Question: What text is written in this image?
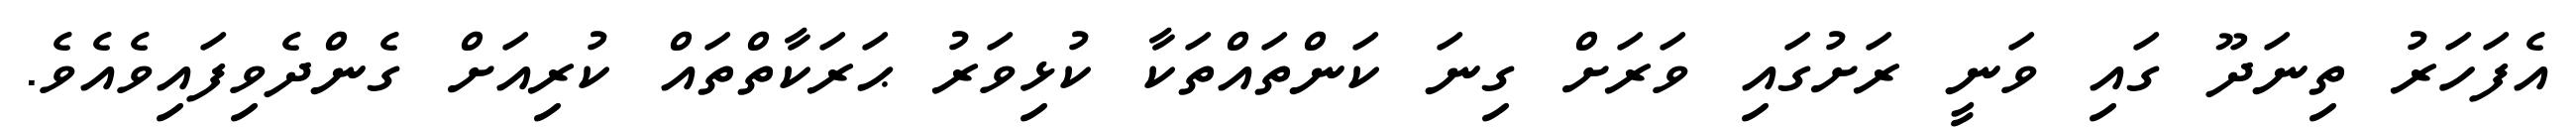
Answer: އެފަހަރު ތިނަދޫ ގައި ވަނީ ރަށުގައި ވަރަށް ގިނަ ކަންތައްތަކާ ކުޅިވަރު ޙަރަކާތްތައް ކުރިއަށް ގެންދެވިފައިވެއެވެ.